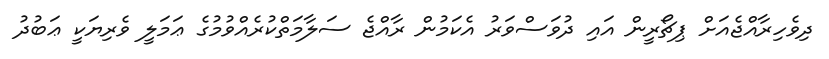
ދިވެހިރާއްޖެއަށް ޕިޗޯރީން އައި ދުވަސްވަރު އެކަމުން ރާއްޖެ ސަލާމަތްކުރެއްވުމުގެ ޢަމަލީ ވެރިޔަކީ ޢަބުދު